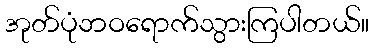
အုတ်ပုံဘဝရောက်သွားကြပါတယ်။